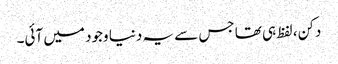
دکن، لفظ ہی تھا جس سے یہ دنیا وجود میں آئی۔